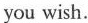
you wish.